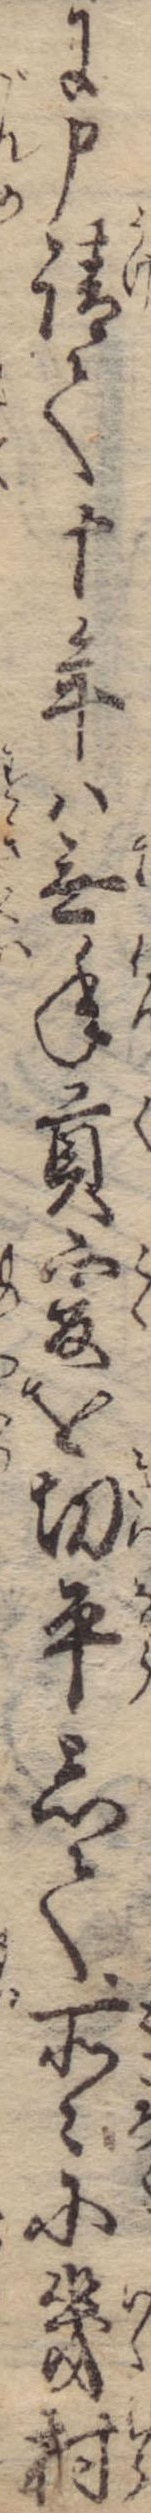
に申請て十年は無年貢爰を切平して所々に幾村